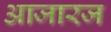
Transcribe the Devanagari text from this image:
आजारज